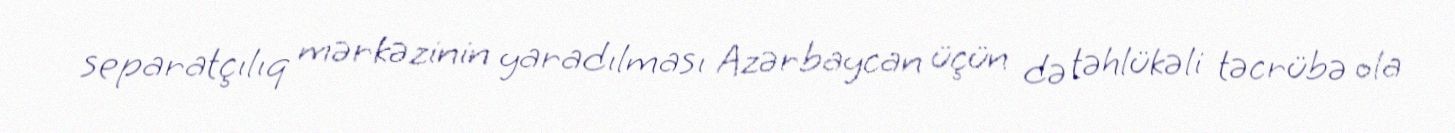
separatçılıq mərkəzinin yaradılması Azərbaycan üçün də təhlükəli təcrübə ola